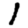
Digit: 1